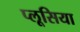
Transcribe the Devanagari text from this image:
प्लूसिया